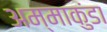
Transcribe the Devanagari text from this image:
अम्माकुंडा